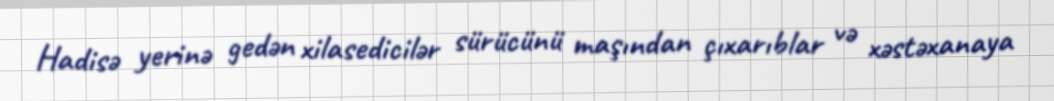
Hadisə yerinə gedən xilasedicilər sürücünü maşından çıxarıblar və xəstəxanaya